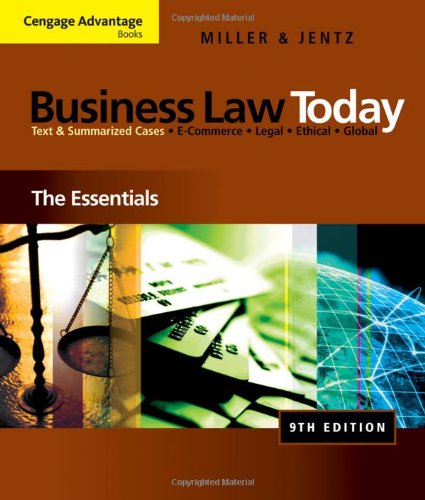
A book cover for Cengage Advantage Books: Business Law Today: The Essentials; Roger LeRoy Miller; Law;